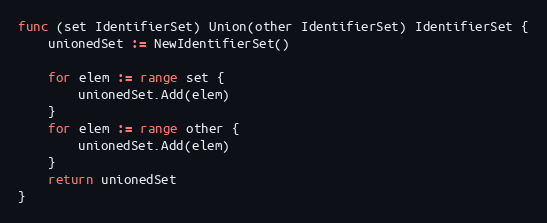
Language: Go
func (set IdentifierSet) Union(other IdentifierSet) IdentifierSet {
	unionedSet := NewIdentifierSet()

	for elem := range set {
		unionedSet.Add(elem)
	}
	for elem := range other {
		unionedSet.Add(elem)
	}
	return unionedSet
}